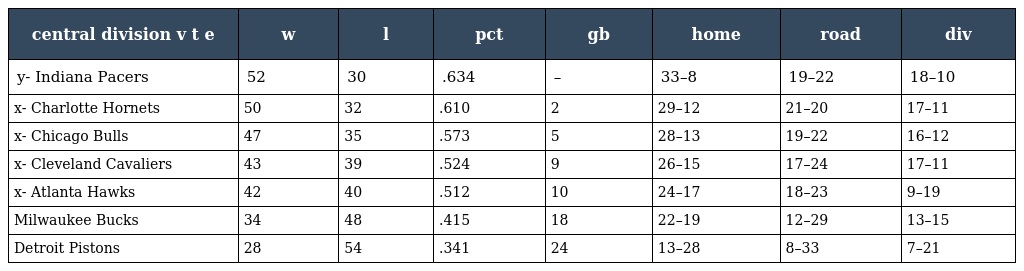
| central division v t e | w | l | pct | gb | home | road | div |
 | --- | --- | --- | --- | --- | --- | --- | --- |
 | y- Indiana Pacers | 52 | 30 | .634 | – | 33–8 | 19–22 | 18–10 |
 | x- Charlotte Hornets | 50 | 32 | .610 | 2 | 29–12 | 21–20 | 17–11 |
 | x- Chicago Bulls | 47 | 35 | .573 | 5 | 28–13 | 19–22 | 16–12 |
 | x- Cleveland Cavaliers | 43 | 39 | .524 | 9 | 26–15 | 17–24 | 17–11 |
 | x- Atlanta Hawks | 42 | 40 | .512 | 10 | 24–17 | 18–23 | 9–19 |
 | Milwaukee Bucks | 34 | 48 | .415 | 18 | 22–19 | 12–29 | 13–15 |
 | Detroit Pistons | 28 | 54 | .341 | 24 | 13–28 | 8–33 | 7–21 |